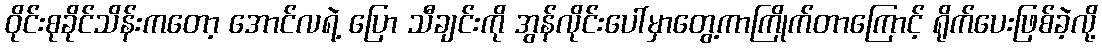
ဝိုင်းစုခိုင်သိန်းကတော့ အောင်လရဲ့ ပြော သီချင်းကို အွန်လိုင်းပေါ်မှာတွေ့ကာကြိုက်တာကြောင့် ရိုက်ပေးဖြစ်ခဲ့လို့